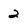
Character: 2